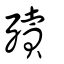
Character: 殰